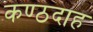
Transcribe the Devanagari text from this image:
कण्ठदाह